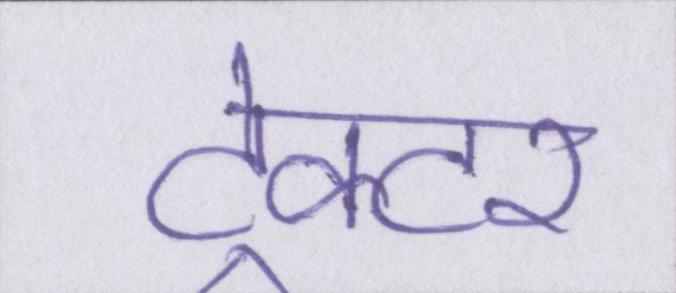
ट्रेक्टर